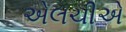
એલચીએ